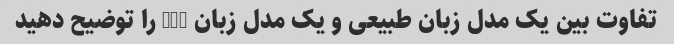
تفاوت بین یک مدل زبان طبیعی و یک مدل زبان GPT را توضیح دهید